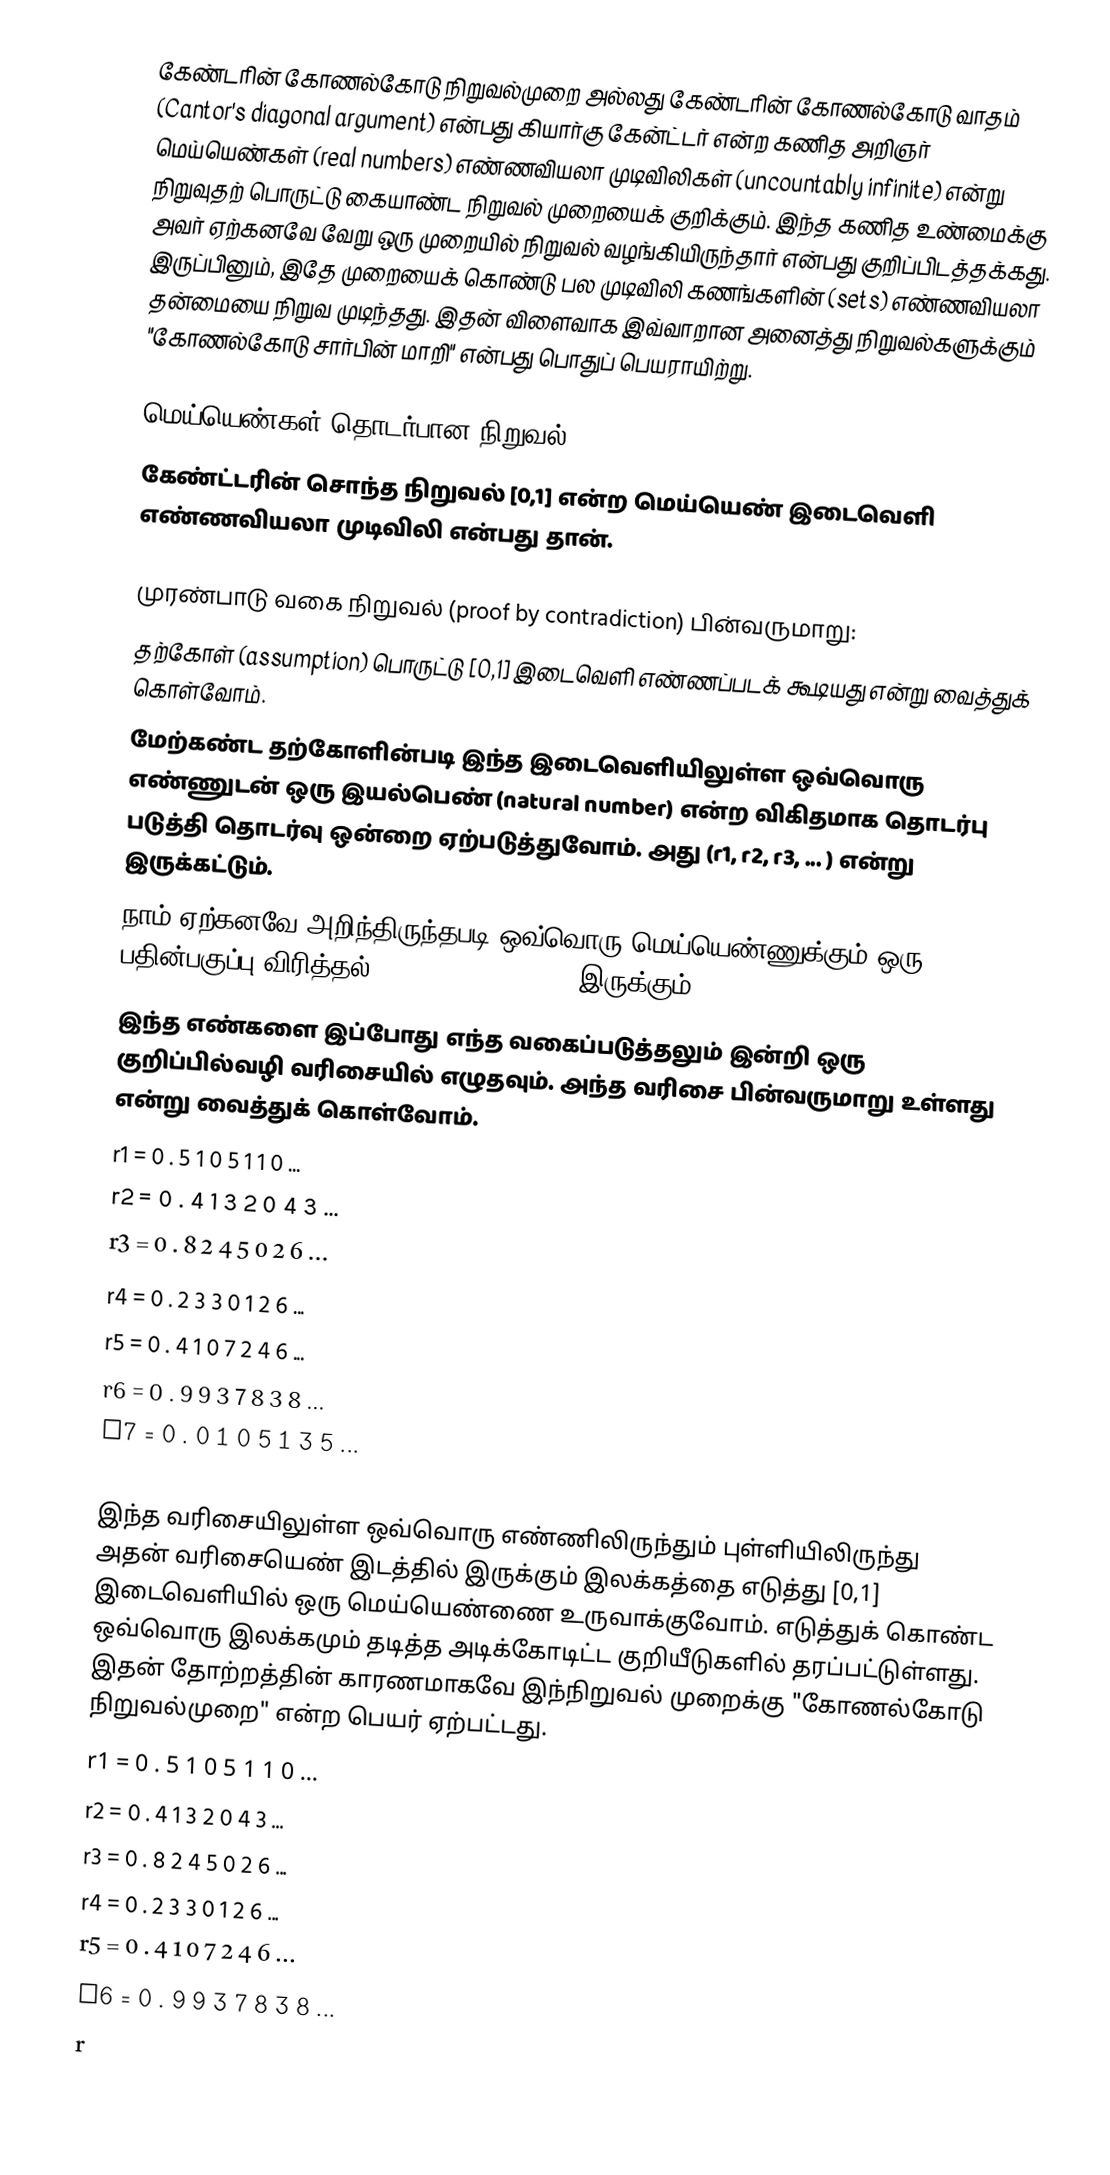
கேண்டரின் கோணல்கோடு நிறுவல்முறை அல்லது கேண்டரின் கோணல்கோடு வாதம் (Cantor's diagonal argument) என்பது கியார்கு கேன்ட்டர் என்ற கணித அறிஞர் மெய்யெண்கள் (real numbers) எண்ணவியலா முடிவிலிகள் (uncountably infinite) என்று நிறுவுதற் பொருட்டு கையாண்ட நிறுவல் முறையைக் குறிக்கும். இந்த கணித உண்மைக்கு அவர் ஏற்கனவே வேறு ஒரு முறையில் நிறுவல் வழங்கியிருந்தார் என்பது குறிப்பிடத்தக்கது. இருப்பினும், இதே முறையைக் கொண்டு பல முடிவிலி கணங்களின் (sets) எண்ணவியலா தன்மையை நிறுவ முடிந்தது. இதன் விளைவாக இவ்வாறான அனைத்து நிறுவல்களுக்கும் "கோணல்கோடு சார்பின் மாறி" என்பது பொதுப் பெயராயிற்று.

மெய்யெண்கள் தொடர்பான நிறுவல்
கேண்ட்டரின் சொந்த நிறுவல் [0,1] என்ற மெய்யெண் இடைவெளி எண்ணவியலா முடிவிலி என்பது தான்.

முரண்பாடு வகை நிறுவல் (proof by contradiction) பின்வருமாறு:
 தற்கோள் (assumption) பொருட்டு [0,1] இடைவெளி எண்ணப்படக் கூடியது என்று வைத்துக் கொள்வோம்.
 மேற்கண்ட தற்கோளின்படி இந்த இடைவெளியிலுள்ள ஒவ்வொரு எண்ணுடன் ஒரு இயல்பெண் (natural number) என்ற விகிதமாக  தொடர்பு படுத்தி தொடர்வு ஒன்றை ஏற்படுத்துவோம். அது (r1, r2, r3, ... ) என்று இருக்கட்டும்.
 நாம் ஏற்கனவே அறிந்திருந்தபடி ஒவ்வொரு மெய்யெண்ணுக்கும் ஒரு பதின்பகுப்பு  விரித்தல் (decimal expansion) இருக்கும்.
 இந்த எண்களை இப்போது எந்த வகைப்படுத்தலும் இன்றி ஒரு குறிப்பில்வழி வரிசையில் எழுதவும். அந்த வரிசை பின்வருமாறு உள்ளது என்று வைத்துக் கொள்வோம்.
 r1 = 0 . 5 1 0 5 1 1 0 ...
 r2 = 0 . 4 1 3 2 0 4 3 ...
 r3 = 0 . 8 2 4 5 0 2 6 ...
 r4 = 0 . 2 3 3 0 1 2 6 ...
 r5 = 0 . 4 1 0 7 2 4 6 ...
 r6 = 0 . 9 9 3 7 8 3 8 ...
 r7 = 0 . 0 1 0 5 1 3 5 ...
 ...
 இந்த வரிசையிலுள்ள ஒவ்வொரு எண்ணிலிருந்தும் புள்ளியிலிருந்து அதன் வரிசையெண் இடத்தில் இருக்கும் இலக்கத்தை எடுத்து [0,1] இடைவெளியில் ஒரு மெய்யெண்ணை உருவாக்குவோம். எடுத்துக் கொண்ட ஒவ்வொரு இலக்கமும் தடித்த அடிக்கோடிட்ட குறியீடுகளில் தரப்பட்டுள்ளது. இதன் தோற்றத்தின் காரணமாகவே இந்நிறுவல் முறைக்கு "கோணல்கோடு நிறுவல்முறை" என்ற பெயர் ஏற்பட்டது.
 r1 = 0 . 5 1 0 5 1 1 0 ...
 r2 = 0 . 4 1 3 2 0 4 3 ...
 r3 = 0 . 8 2 4 5 0 2 6 ...
 r4 = 0 . 2 3 3 0 1 2 6 ...
 r5 = 0 . 4 1 0 7 2 4 6 ...
 r6 = 0 . 9 9 3 7 8 3 8 ...
 r